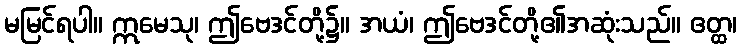
မမြင်ရပါ။ ဣမေသု၊ ဤဗေဒင်တို့၌။ အယံ၊ ဤဗေဒင်တို့၏အဆုံးသည်။ ဧတ္ထ၊